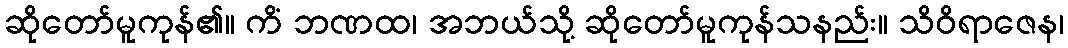
ဆိုတော်မူကုန်၏။ ကိံ ဘဏထ၊ အဘယ်သို့ ဆိုတော်မူကုန်သနည်း။ သိဝိရာဇေန၊